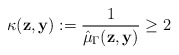
\begin{align*} \kappa ( \mathbf{z}, \mathbf{y} ) := \frac{1}{\hat{\mu}_{\Gamma} ( \mathbf{z}, \mathbf{y} )} \geq 2 \end{align*}